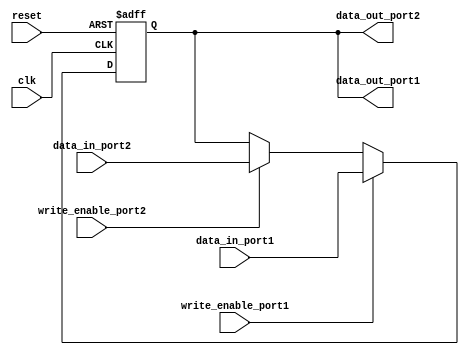
module dual_port_register (
    input wire clk,
    input wire reset,
    input wire [7:0] data_in_port1,
    input wire write_enable_port1,
    input wire [7:0] data_in_port2,
    input wire write_enable_port2,
    output reg [7:0] data_out_port1,
    output reg [7:0] data_out_port2
);

reg [7:0] register_data;

always @(posedge clk or posedge reset) begin
    if (reset)
        register_data <= 8'h00;
    else if (write_enable_port1)
        register_data <= data_in_port1;
    else if (write_enable_port2)
        register_data <= data_in_port2;
end

assign data_out_port1 = register_data;
assign data_out_port2 = register_data;

endmodule